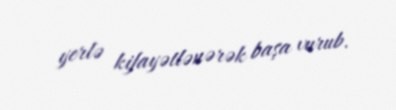
yerlə kifayətlənərək başa vurub.